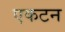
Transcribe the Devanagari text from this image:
एकटन